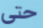
حتى